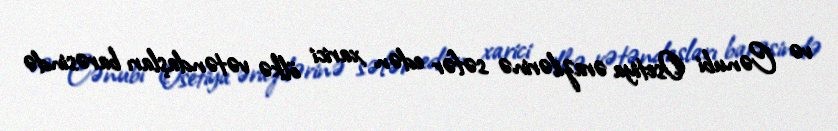
və Cənubi Osetiya ərazilərinə səfər edən xarici ölkə vətəndaşları barəsində